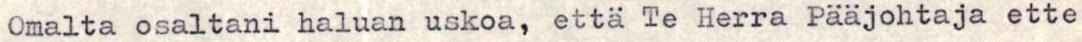
Omalta osaltani haluan uskoa, että Te Herra Pääjohtaja ette